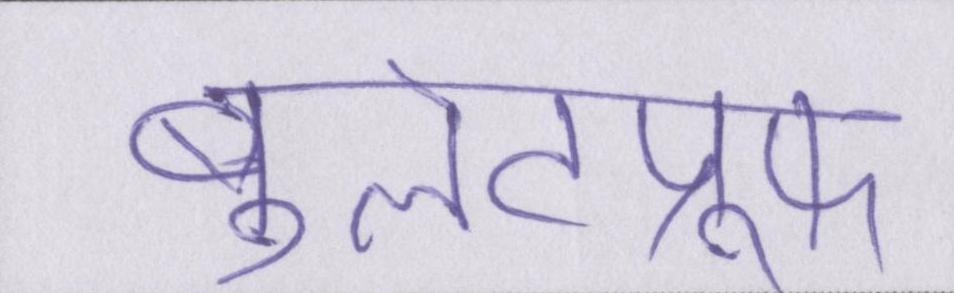
बुलेटप्रूफ